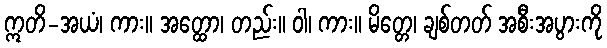
ဣတိ-အယံ၊ ကား။ အတ္ထော၊ တည်း။ ဝါ၊ ကား။ မိတ္တေ၊ ချစ်တတ် အစီးအပွားကို